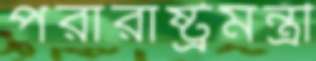
পরারাষ্ট্রমন্ত্রী